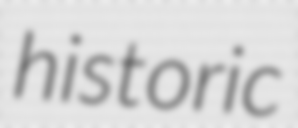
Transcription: historic